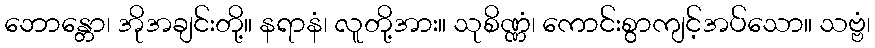
ဘောန္တော၊ အိုအချင်းတို့။ နရာနံ၊ လူတို့အား။ သုစိဏ္ဏံ၊ ကောင်းစွာကျင့်အပ်သော။ သဗ္ဗံ၊